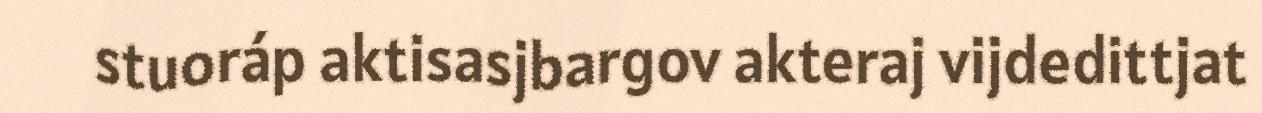
stuoráp aktisasjbargov akteraj vijdedittjat